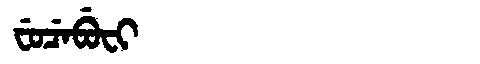
Manchu: ᠸᡠᠴᡝᠪᡠᠸᡳ
Romanization: FUCEBUFI